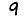
Digit: 9